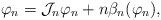
LaTeX: \begin{align*}\varphi_{n} = \mathcal{J}_{n} \varphi_{n} + n \beta_{n} (\varphi_{n}),\end{align*}